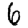
Digit: 6